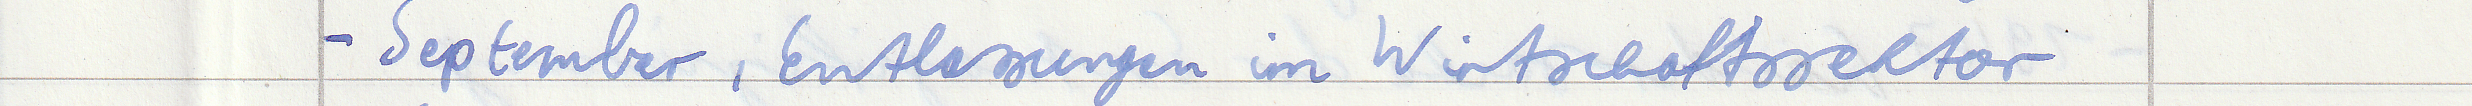
- September, Entlassungen im Wirtschaftssektor